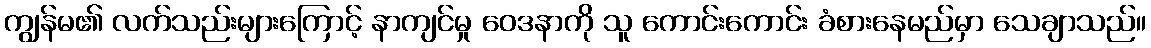
ကျွန်မ၏ လက်သည်းများကြောင့် နာကျင်မှု ဝေဒနာကို သူ ကောင်းကောင်း ခံစားနေမည်မှာ သေချာသည်။